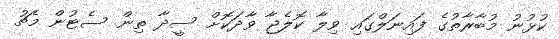
ކުޅުނު މުބާރާތުގެ ފައިނަލްގައި ވިލާ ކޮލެޖާ ވާދަކޮށް ސީދާ ތިން ސެޓުން މެޗު